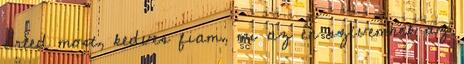
Érted most, kedves fiam, mi az én szívemnek az